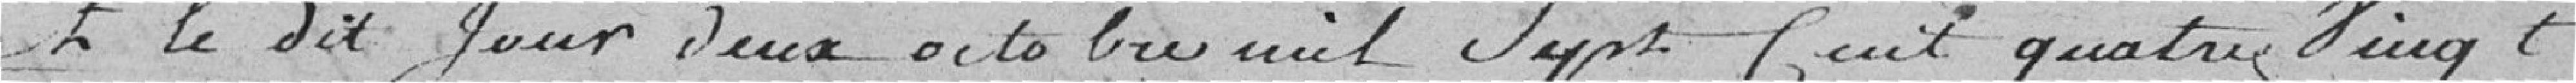
Et le dit jour deux octobre mil sept cent quatre vingt